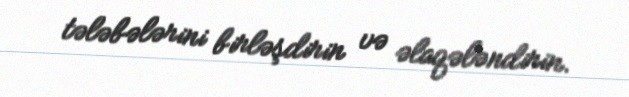
tələbələrini birləşdirin və əlaqələndirin.